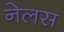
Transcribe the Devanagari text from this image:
नेलस